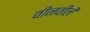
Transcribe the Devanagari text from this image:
वीनवीलें